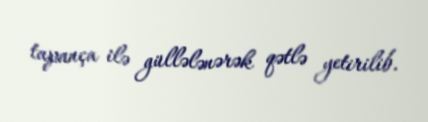
tapança ilə güllələnərək qətlə yetirilib.